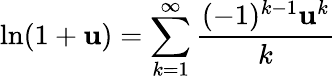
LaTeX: \ln(1+\mathbf{u})=\sum_{k=1}^{\infty}{\frac{{(-1)^{k-1}\mathbf{u}^{k}}}{{k}}}